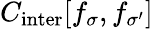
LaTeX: C_{\mathrm{inter}}[f_{\sigma},f_{\sigma^{\prime}}]